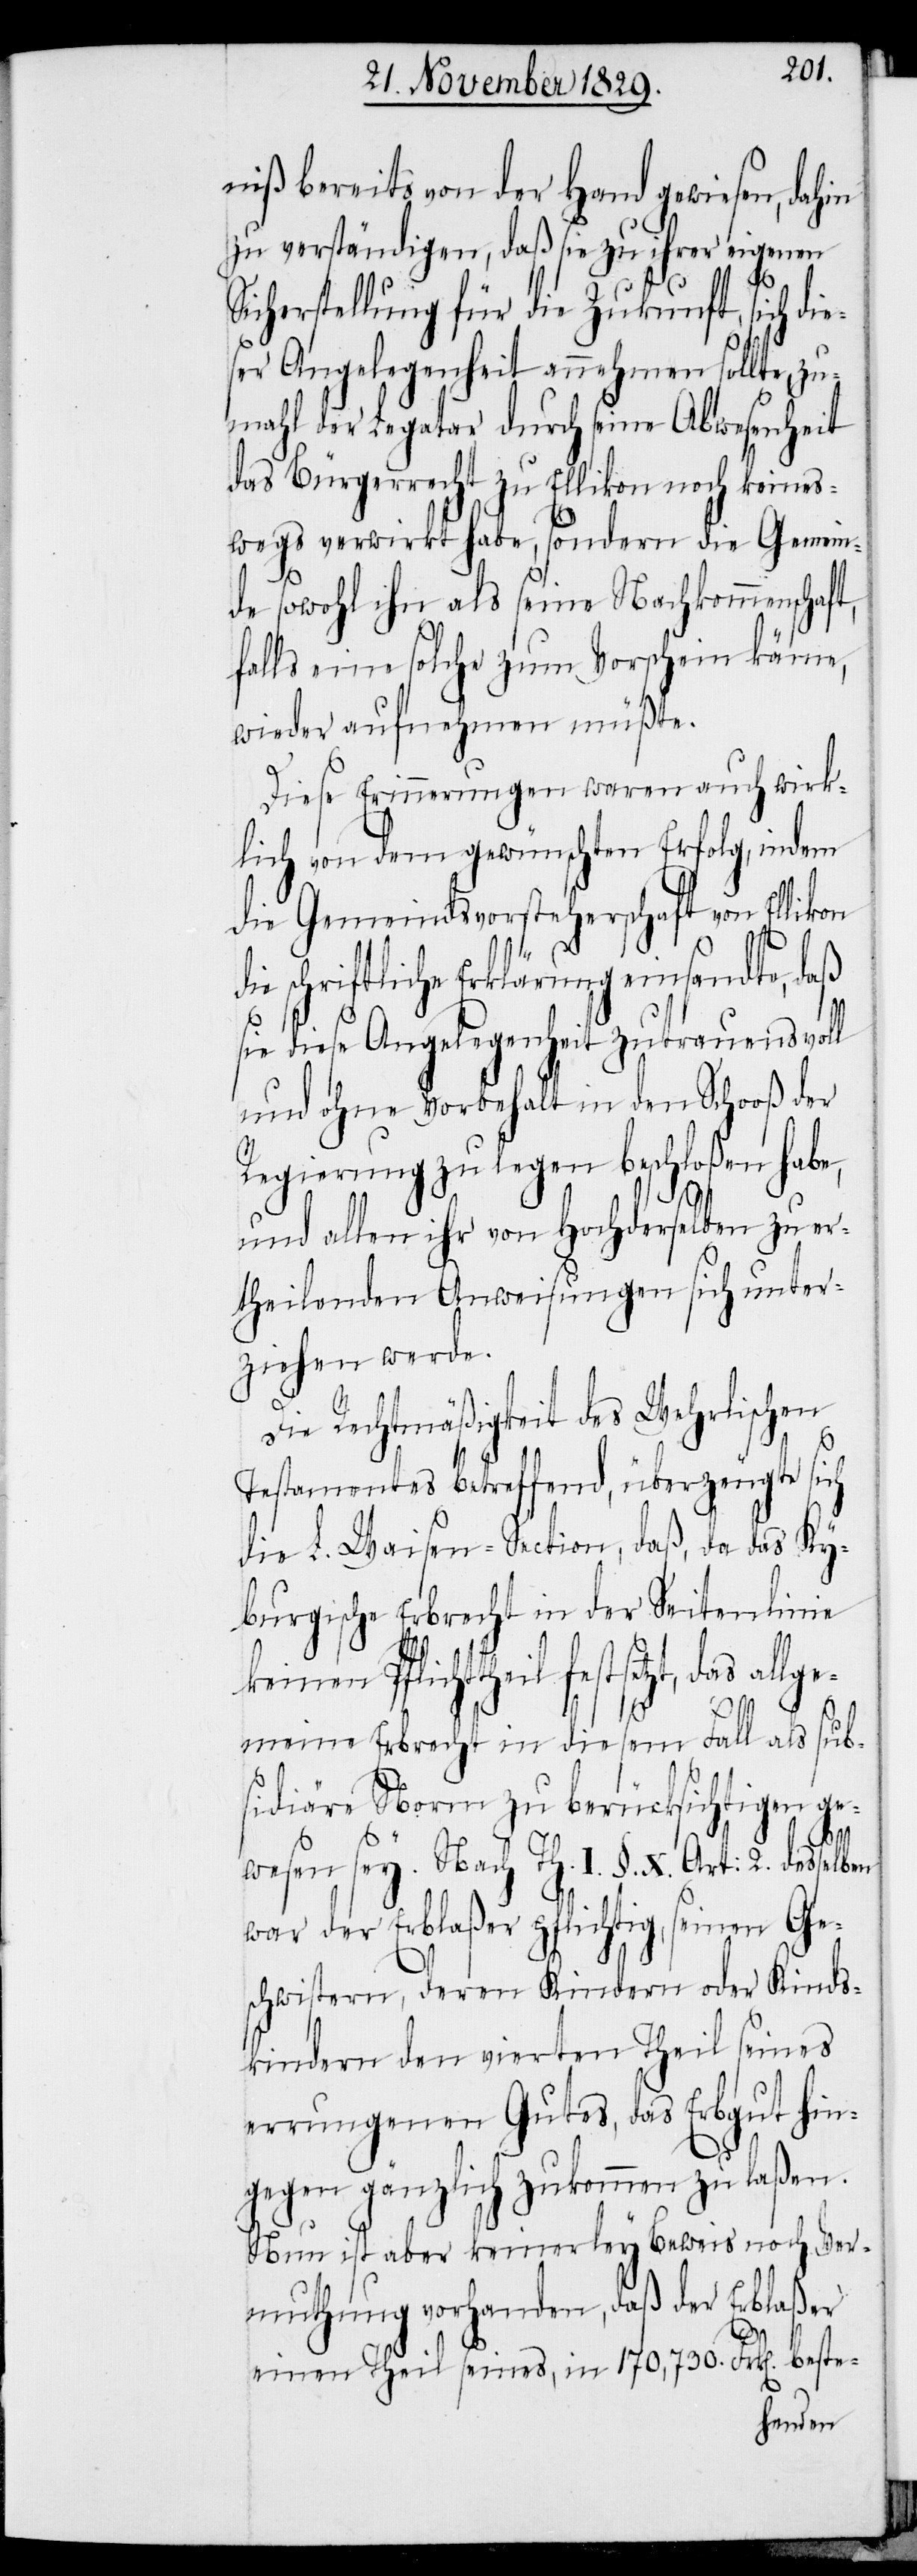
niß bereits von der Hand gewiesen, dahin
zu verständigen, daß sie zu ihrer eigenen
cherstellung für die Zukunft, sich di¬
ser Angelegenheit annehmen sollte z¬
umahl der Legator durch seine Abwesenheit
das Bürgerrecht zu Ellikon noch keines¬
wegs verwirkt habe, sondern die Gemein¬
de sowohl ihn als seine Nachkommenschaf¬
falls eine solche zum Vorschein käme,
wieder aufnehmen müßte.
Diese Erinnerungen waren auch wirk¬
lich von dem gewünschten Erfolg, indem
die Gemeindsvorsteherschaft von Elli¬
die schriftliche Erklärung einsandte, daß
sie diese Angelegenheit zutrauensvoll
und ohne Vorbehalt in den Schooß der
Regierung zu legen beschloßen habe,
und allen ihr von Hochderselben zu er¬
theilenden Anweisungen sich unter¬
ziehen werde.
Die Rechtmäßigkeit des Wehrlischen
Testaments betreffend, überzeugte sich
die L. Waisen-Section, daß, da das Ky¬
burgische Erbrecht in der Seitenlinie
keinen Pflichttheil festsetzt,
meine Erbrecht in diesem Fall als sub¬
sidiäre Norm zu berücksichtigen ge¬
allge¬
wesen sey. Nach Th. I. §. X. Art: 2. desselben
war der Erblaßer pflichtig, seinen Ge¬
schwistern, deren Kindern oder Kinds¬
kindern den vierten Theil seines
errungenen Gutes, das Erbgut hin¬
gegen gänzlich zukommen zu laßen.
Nun ist aber keinerley Beweis noch Ver¬
muthung vorhanden, daß der Erblaßer
einen Theil seines, in 170,730. Frk[en]. beste-